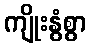
ကျိုးနွံစွာ